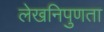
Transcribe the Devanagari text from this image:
लेखनिपुणता